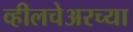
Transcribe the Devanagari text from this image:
व्हीलचेअरच्या